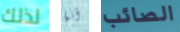
لذلك أنها الصائب